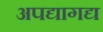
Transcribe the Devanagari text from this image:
अपद्यागद्य